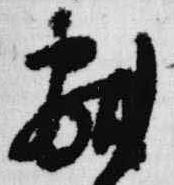
献